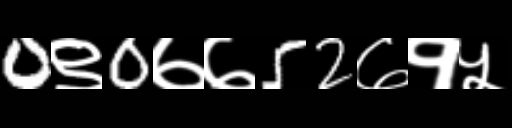
Text: 0९0७७52७१५